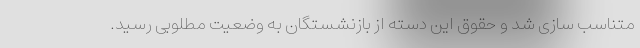
متناسب سازی شد و حقوق این دسته از بازنشستگان به وضعیت مطلوبی رسید.